Code of medical and sanitary regulations for the guidance of medical officers serving in the Madras Presidency - Volume II
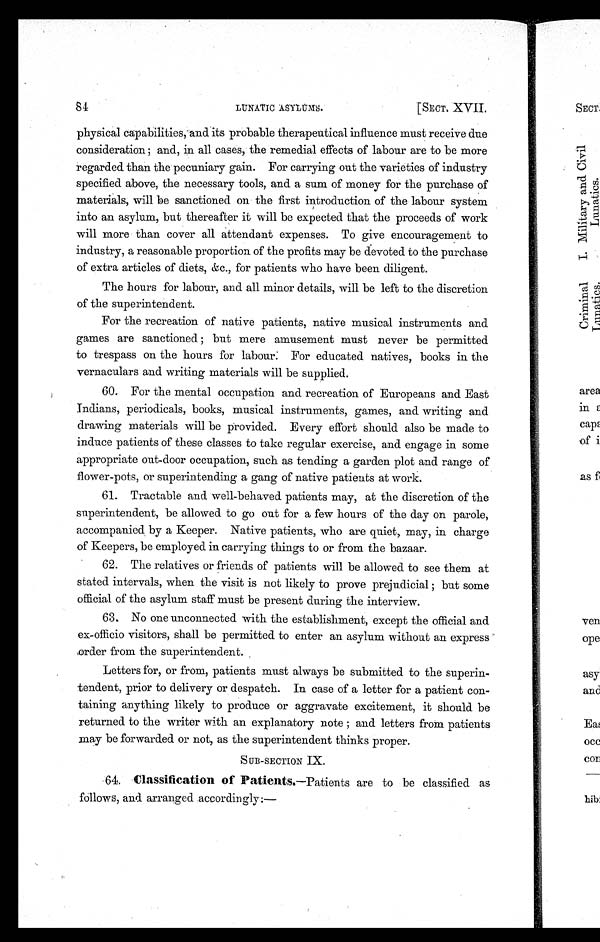
LUNATIC ASYLUMS.
[SECT. XVII.
physical capabilities, and its probable therapeutical influence must receive due
consideration ; and, in all cases, the remedial effects of labour are to be more
regarded than the pecuniary gain. For carrying out the varieties of industry
specified above, the necessary tools, and a sum of money for the purchase of
materials, will be sanctioned on the first introduction of the labour system
into an asylum, but thereafter it will be expected that the proceeds of work
will more than cover all attendant expenses. To give encouragement to
industry, a reasonable proportion of the profits may be devoted to the purchase
of extra articles of diets, &c., for patients who have been diligent.
The hours for labour, and all minor details, will be left to the discretion
of the superintendent.
For the recreation of native patients, native musical instruments and
games are sanctioned ; but mere amusement must never be permitted
to trespass on the hours for labour: For educated natives, books in the
vernaculars and writing materials will be supplied.
60. For the mental occupation and recreation of Europeans and East
Indians, periodicals, books, musical instruments, games, and writing and
drawing materials will be provided. Every effort should also be made to
induce patients of these classes to take regular exercise, and engage in some
appropriate out-door occupation, such as tending a garden plot and range of
flower-pots, or superintending a gang of native patients at work.
61. Tractable and well-behaved patients may, at the discretion of the
superintendent, be allowed to go out for a few hours of the day on parole,
accompanied by a Keeper. Native patients, who are quiet, may, in charge
of Keepers, be employed in carrying things to or from the bazaar.
62. The relatives or friends of patients will be allowed to see them at
stated intervals, when the visit is not likely to prove prejudicial ; but some
official of the asylum staff must be present during the interview.
63. No one unconnected with the establishment, except the official and
ex-officio visitors, shall be permitted to enter an asylum without an express
order from the superintendent.
Letters for, or from, patients must always be submitted to the superin-
tendent, prior to delivery or despatch. In case of a letter for a patient con-
taining anything likely to produce or aggravate excitement, it should be
returned to the writer with an explanatory note ; and letters from patients
may be forwarded or not, as the superintendent thinks proper.
SUB-SECTION IX.
64. Classification of Patients. —Patients are to be classified as
follows, and. arranged accordingly:—